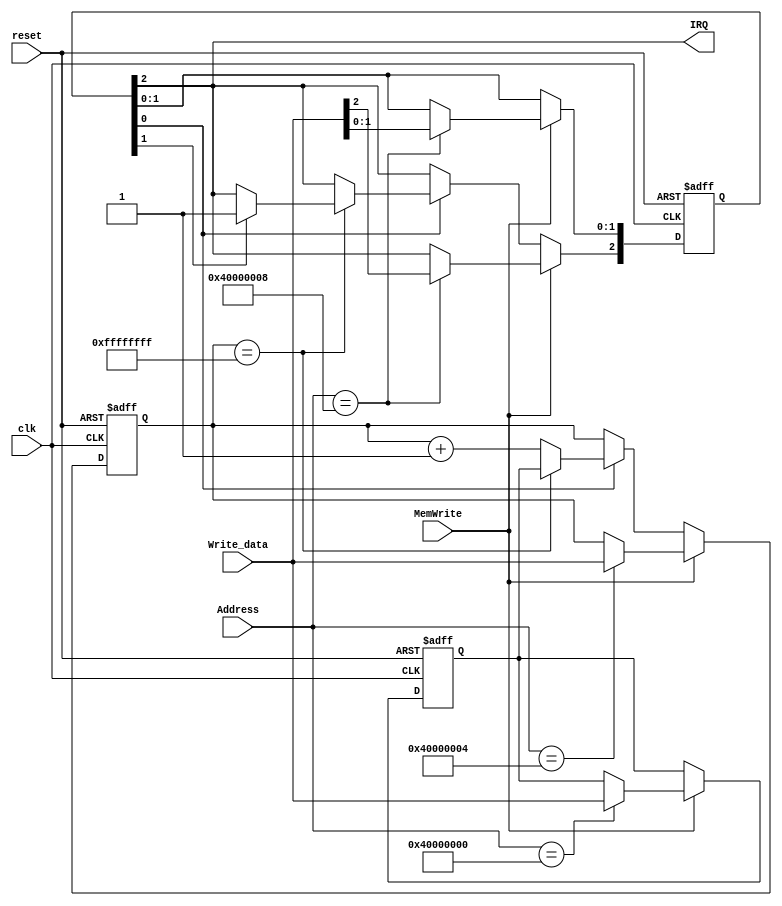
module Timer(reset, clk, Address, Write_data, MemWrite,IRQ);
	input reset, clk;
	input [31:0] Address, Write_data;
	input MemWrite;
    output IRQ;
    
    reg [2:0] TCON;
    reg [31:0] TH, TL;
    
    assign IRQ = TCON[2];
    always @(posedge reset or posedge clk) begin
        if (reset) begin
            TCON <= 3'b000;
            TH <= 32'h00000000;
            TL <= 32'h00000000;
        end
        else begin
            if (MemWrite) begin
                case(Address)
                    32'h40000000: TH <= Write_data;
                    32'h40000004: TL <= Write_data;
                    32'h40000008: TCON <= Write_data[2:0];
                    default: ;
                 endcase
            end
            else begin
                if (TCON[0]) begin
                    if(TL == 32'hffffffff) begin
                        TL <= TH;
                        if(TCON[1]) begin
                            TCON[2] <= 1'b1; //IRQ enabled
                        end
                    end
                    else begin
                        TL <= TL + 1'b1;
                    end
                end
            end            
        end
    end
endmodule